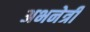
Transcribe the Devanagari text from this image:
अभनेत्री